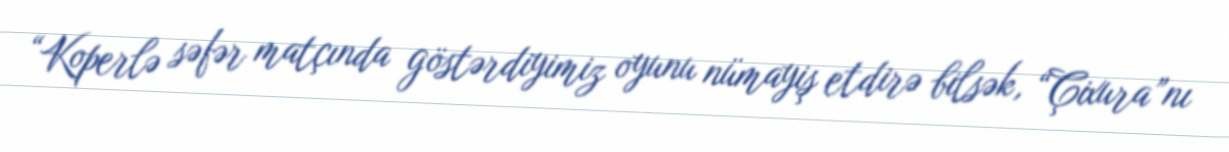
“Koperlə səfər matçında göstərdiyimiz oyunu nümayiş etdirə bilsək, “Çixura”nı